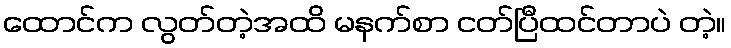
ထောင်က လွတ်တဲ့အထိ မနက်စာ ငတ်ပြီထင်တာပဲ တဲ့။